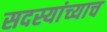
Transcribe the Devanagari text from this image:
सदस्यांच्याच